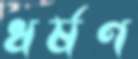
ধর্ষণ